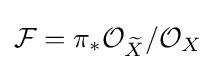
{\mathcal {F}}=\pi _{*}{\mathcal {O}}_{\widetilde {X}}/{\mathcal {O}}_{X}